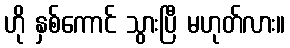
ဟို နှစ်ကောင် သွားပြီ မဟုတ်လား။